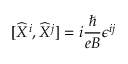
\lbrack \widehat { X } ^ { i } , \widehat { X } ^ { j } ] = i \frac { \hbar } { e B } \epsilon ^ { i j }